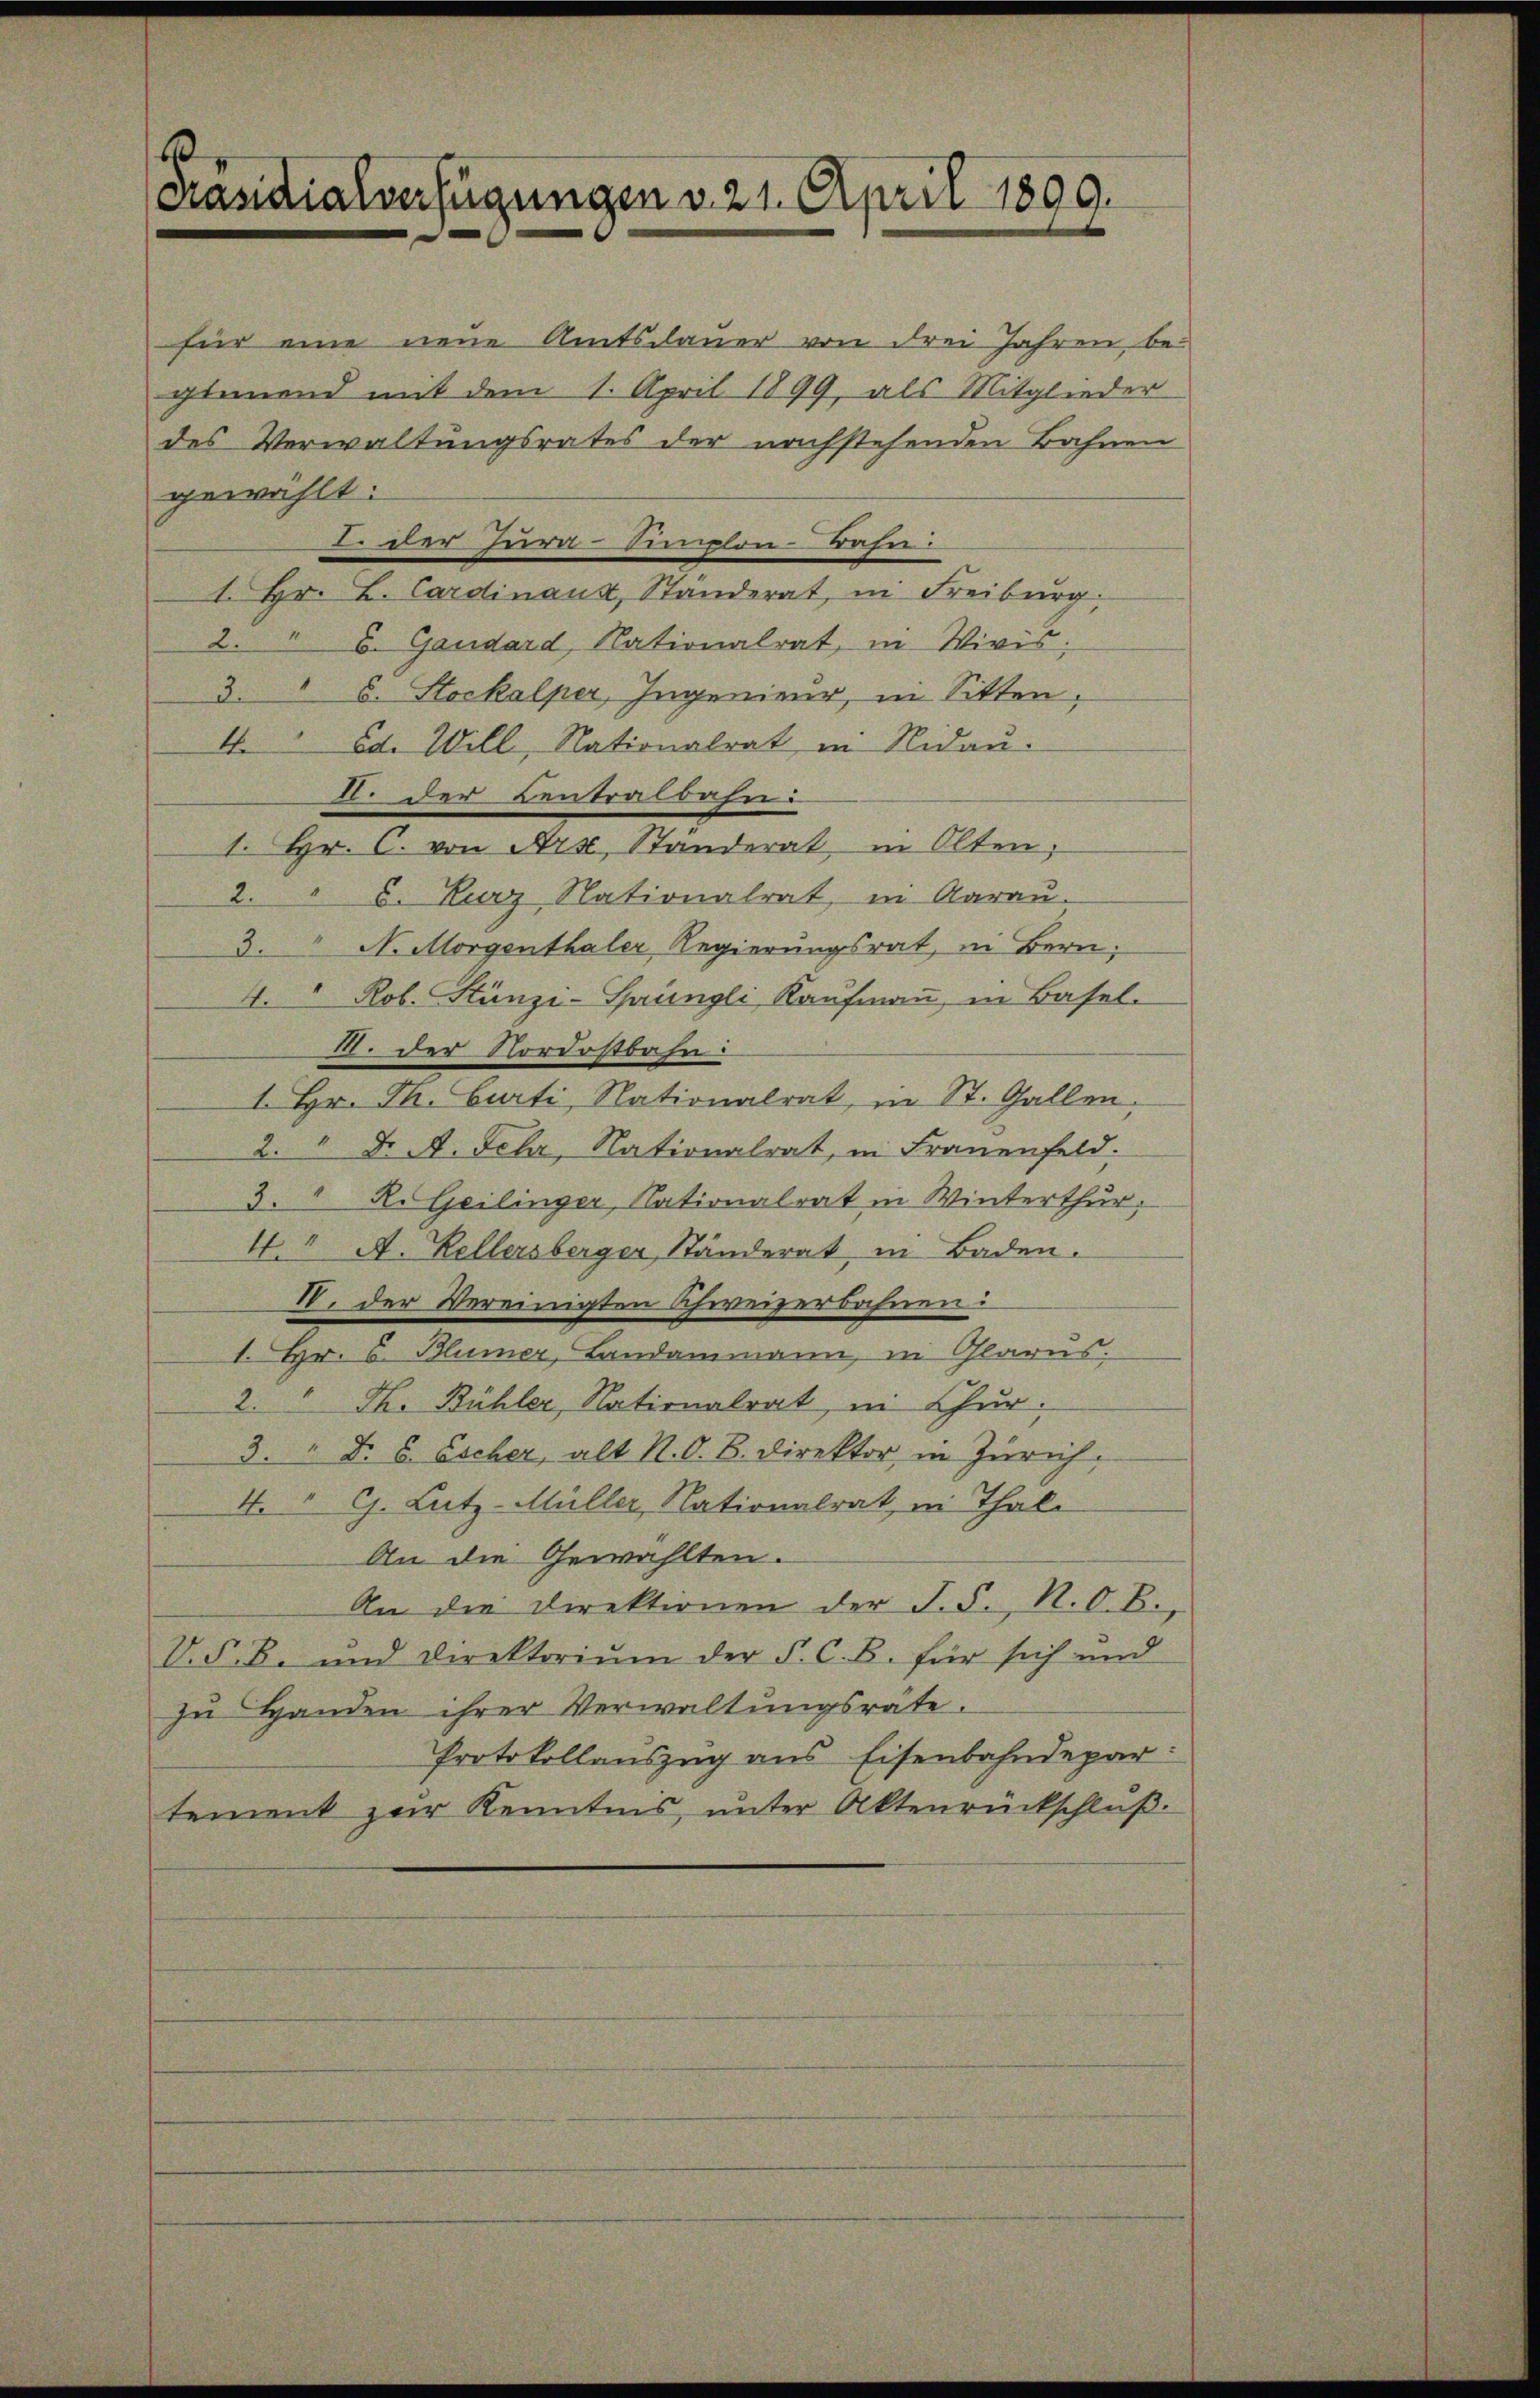
Präsidialverfügungen v. 21. April 1899.

für eine neue Amtsdauer von drei Jahren beglemend mit dem 1. April 1899, als Mitglieder
des Verwaltungsrates der nachstehenden Bahnen
gewählt:
I. Der Herre-Simplon Bahn:
1. Hr. L. Cardinanz, Ständerat, in Freiburg,
2. " 6. Gandard, Nationalrat, in Wivis;
3. " 6. Stockalper, Ingenieur, in Sitten,
4." Ed. Will, Nationalrat in Nidau.
I der Centralbahn:
1. Hr. C. von Ars, Standerat, in Olten,
2. " 6. Kurz Nationalrat, in Aarau
3. N. Morgenthaler Regierungsrat, in Bern;
4. " Rob. Stänzi-Sprüngli, Kaŭfmaṅ, in Basel-
II. der Nordostbahn.
1. Hr. Th. Curti, Nationalrat, in St. Gallen,
2. " Dr. A. Fehr, Nationalrat, in Frauenfeld.
3. " R. Geilinger, Nationalrat in Winterthur,
4. A. Kellersberger, Ständerat in Baden.
IV. der Vereinigten Schweizerbahnen:
1. Hr. 6. Blümer, Landammann, in Glarus.
2. Th. Bühler, Nationalrat, in Chur¬
3. " Dr. C. Escher, alt N. O. B. Direktor, in Zürich,
4. " Ch. Lutz-Müller, Nationalrat, in Thale
An die Gewählten.
An die Direktionen der F. S. N. O. B.,
V. S. B. und Direktoriŭm der P. C. B. für sich und
zu Handen ihrer Verwaltungsräte.
Protokollauszug aus Eisenbahndepar
tement zur Kenntnis, unter Aktenrückschluß.